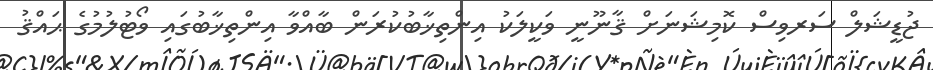
ޖުޑީޝަލް ސަރވިސް ކޮމިޝަނަށް ޤާނޫނީ ވަކީލަކު އިންތިޚާބުކުރަން ބާއްވާ އިންތިޚާބުގައި ވޯޓުލުމުގެ ޙައްޤު